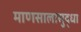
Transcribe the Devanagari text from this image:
माणसालासुद्धा